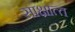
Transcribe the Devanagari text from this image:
साक्षात्‍त